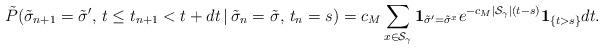
LaTeX: \begin{align*} \tilde P(\tilde\sigma_{n+1}=\tilde\sigma ',\,t\leq t_{n+1}<t+dt\,|\,\tilde\sigma_{n}=\tilde\sigma ,\,t_{n}=s) =c_M\sum_{x\in\mathcal{S}_{\gamma}}\mathbf 1_{\tilde\sigma'=\tilde\sigma^{x}} e^{-c_M|\mathcal{S}_{\gamma}|(t-s)}\mathbf{1}_{\{t>s\}}dt. \end{align*}